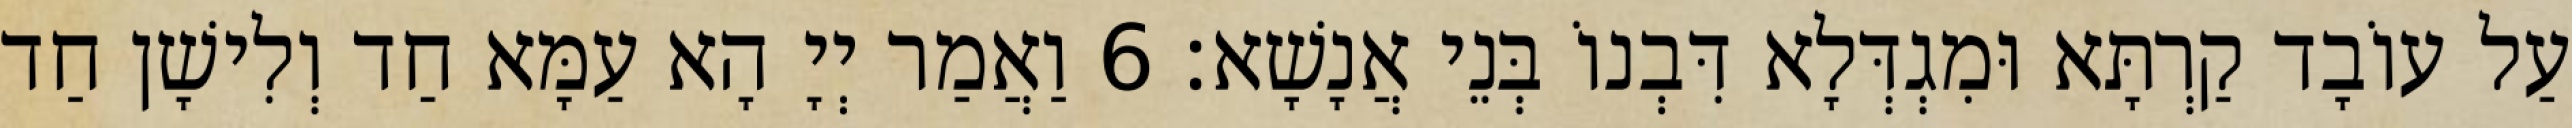
עַל עוֹבָד קַרְתָּא וּמִגְדְּלָא דִּבְנוֹ בְּנֵי אֲנָשָׁא׃ 6 וַאֲמַר יְיָ הָא עַמָּא חַד וְלִישָׁן חַד